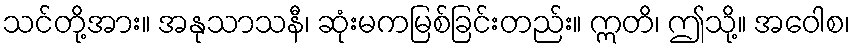
သင်တို့အား။ အနုသာသနီ၊ ဆုံးမကမြစ်ခြင်းတည်း။ ဣတိ၊ ဤသို့။ အဝေါစ၊